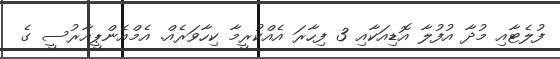
ފުލެޓާއި މުދާ އުފުލާ އޮޑިއަކާއި 3 ފިހާރަ އެއްކުރީމާ ކިހާވަރެއް. އެމްއެންޕީއާރުސީ ގެ